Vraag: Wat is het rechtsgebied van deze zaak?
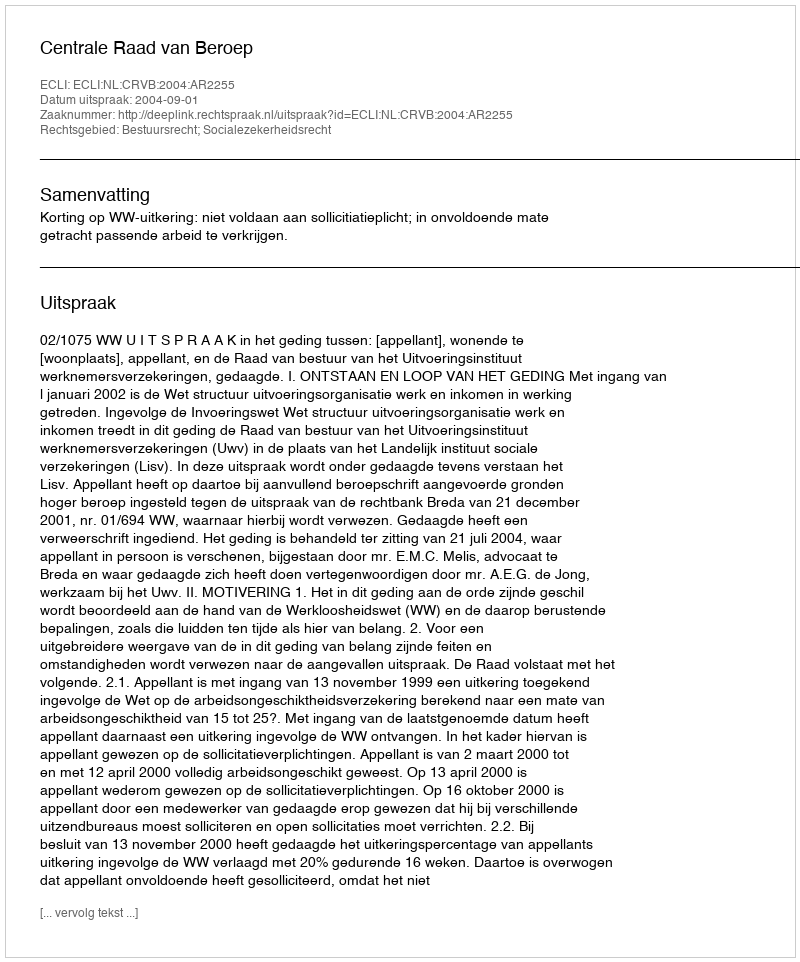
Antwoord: Bestuursrecht; Socialezekerheidsrecht